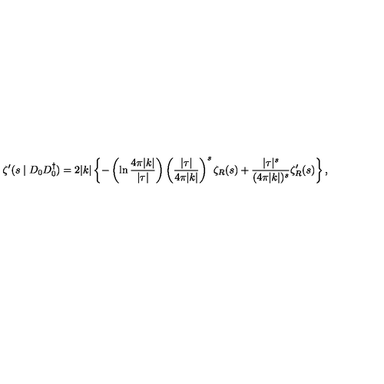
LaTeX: \zeta ^ { \prime } ( s \mid D _ { 0 } D _ { 0 } ^ { \dagger } ) = 2 | k | \left\{ - \left( \ln \frac { 4 \pi | k | } { | \tau | } \right) \left( \frac { | \tau | } { 4 \pi | k | } \right) ^ { s } \zeta _ { R } ( s ) + \frac { | \tau | ^ { s } } { ( 4 \pi | k | ) ^ { s } } \zeta _ { R } ^ { \prime } ( s ) \right\} ,